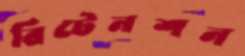
রিটেনশন